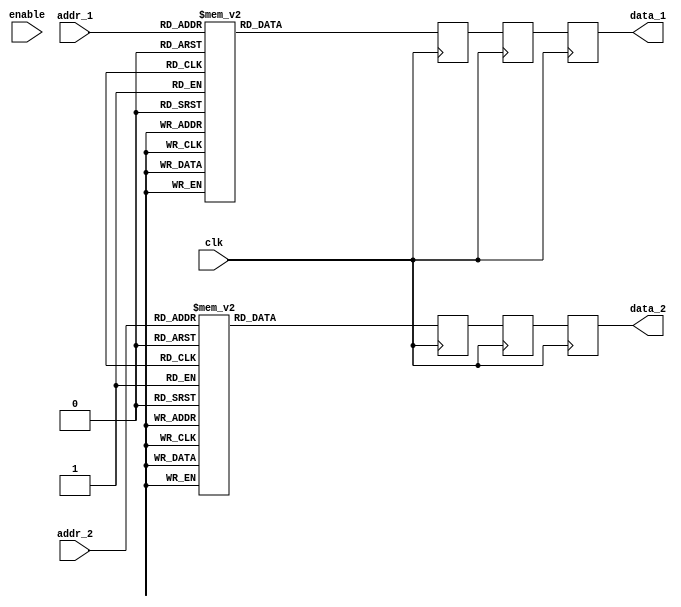
/* RTL model of a ROM
  Specs:
    word_length : 32
    mem_depth : whatever I want for the time being!
    each location stores one row of the coefficient matrix
*/
`define data_width 32
`define mem_depth 3

module rom_dual_port(
            clk,
            enable,
            addr_1,
            addr_2, 
            data_1,
            data_2
            );

// port direction
    input clk;
    input enable;
    input [`mem_depth-1:0] addr_1;
    input [`mem_depth-1:0] addr_2;
    output reg [`data_width-1:0] data_1;
    output reg [`data_width-1:0] data_2;

// pipeline registers
    reg [`data_width-1:0] data_1_reg, data_1_reg_next;
    reg [`data_width-1:0] data_2_reg, data_2_reg_next;
// final output register    
    reg [`data_width-1:0] data_1_out, data_2_out;

// ROM data :
    wire [`data_width-1:0] loc0;
    wire [`data_width-1:0] loc1;
    wire [`data_width-1:0] loc2;
    wire [`data_width-1:0] loc3;
    wire [`data_width-1:0] loc4;
    wire [`data_width-1:0] loc5;
    wire [`data_width-1:0] loc6;
    wire [`data_width-1:0] loc7;
// actual value being stored here
// I will find a way to update this automatically. Maybe automatically
    assign loc0 = 32'h11112222;
    assign loc1 = 32'h33334444;
    assign loc2 = 32'h55556666;
    assign loc3 = 32'h77778888;
    assign loc4 = 32'h9999aaaa;
    assign loc5 = 32'hbbbbcccc;
    assign loc6 = 32'hddddeeee;
    assign loc7 = 32'hffff0000;

always@(loc0 or loc1 or loc2 or loc3 or loc4 or loc5 or loc6 or loc7 or addr_1 or addr_2) begin
    case(addr_1)
        3'b000: data_1_out = loc0;
        3'b001: data_1_out = loc1;
        3'b010: data_1_out = loc2;
        3'b011: data_1_out = loc3;
        3'b100: data_1_out = loc4;
        3'b101: data_1_out = loc5;
        3'b110: data_1_out = loc6;
        3'b111: data_1_out = loc7;
        default:            data_1_out = loc0;
    endcase

        
    case(addr_2)
        3'b000: data_2_out = loc0;
        3'b001: data_2_out = loc1;
        3'b010: data_2_out = loc2;
        3'b011: data_2_out = loc3;
        3'b100: data_2_out = loc4;
        3'b101: data_2_out = loc5;
        3'b110: data_2_out = loc6;
        3'b111: data_2_out = loc7;
        default:            data_2_out = loc0;
    endcase
end

// Pipelinig registers for data line 1

always@(posedge clk)
    begin
        data_1_reg <= data_1_out;
        data_1_reg_next <= data_1_reg;
        
    end


// Pipelinig registers for data line 2

always@(posedge clk)
    begin
        data_2_reg <= data_2_out;
        data_2_reg_next <= data_2_reg;
    end
always@(posedge clk)
    begin
    data_2 <= data_2_reg_next;
    data_1 <= data_1_reg_next;
    end
endmodule